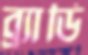
ব্র্যাডি